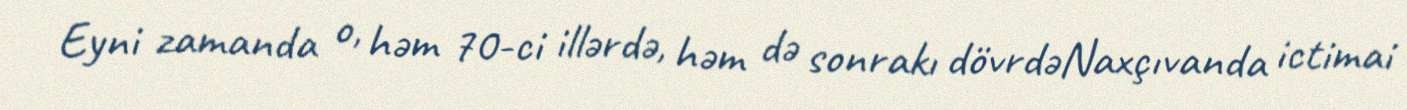
Eyni zamanda o, həm 70-ci illərdə, həm də sonrakı dövrdəNaxçıvanda ictimai